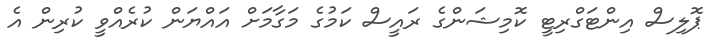
ޕޮލިސް އިންޓަގްރިޓީ ކޮމިޝަންގެ ރައީސް ކަމުގެ މަގާމަށް އައްޔަން ކުރެއްވީ ކުރިން އެ